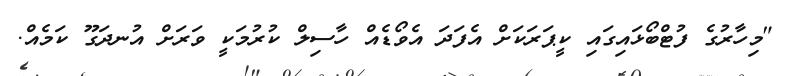
"މިހާރުގެ ފުޓްބޯޅައިގައި ކީޕަރަކަށް އެފަދަ އެވޯޑެއް ހާސިލް ކުރުމަކީ ވަރަށް އުނދަގޫ ކަމެއް.